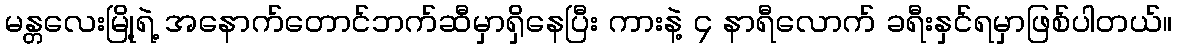
မန္တလေးမြို့ရဲ့ အနောက်တောင်ဘက်ဆီမှာရှိနေပြီး ကားနဲ့ ၄ နာရီလောက် ခရီးနှင်ရမှာဖြစ်ပါတယ်။